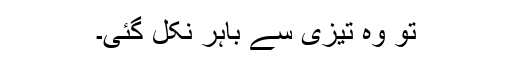
تو وہ تیزی سے باہر نکل گئی۔